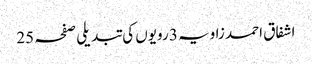
اشفاق احمد زاویہ 3 رویوں کی تبدیلی صفحہ 25